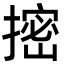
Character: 㨸